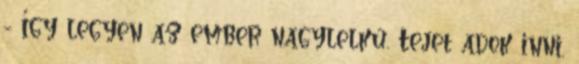
- Így legyen az ember nagylelkű. Tejet adok inni,